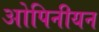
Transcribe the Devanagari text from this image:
ओपिनीयन